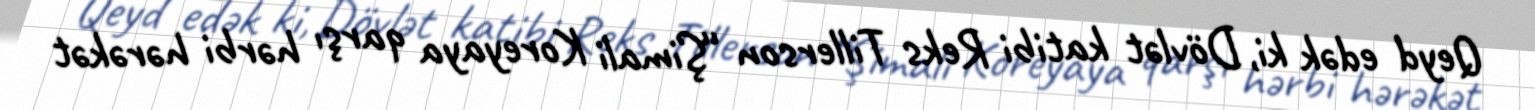
Qeyd edək ki, Dövlət katibi Reks Tillerson “Şimali Koreyaya qarşı hərbi hərəkət